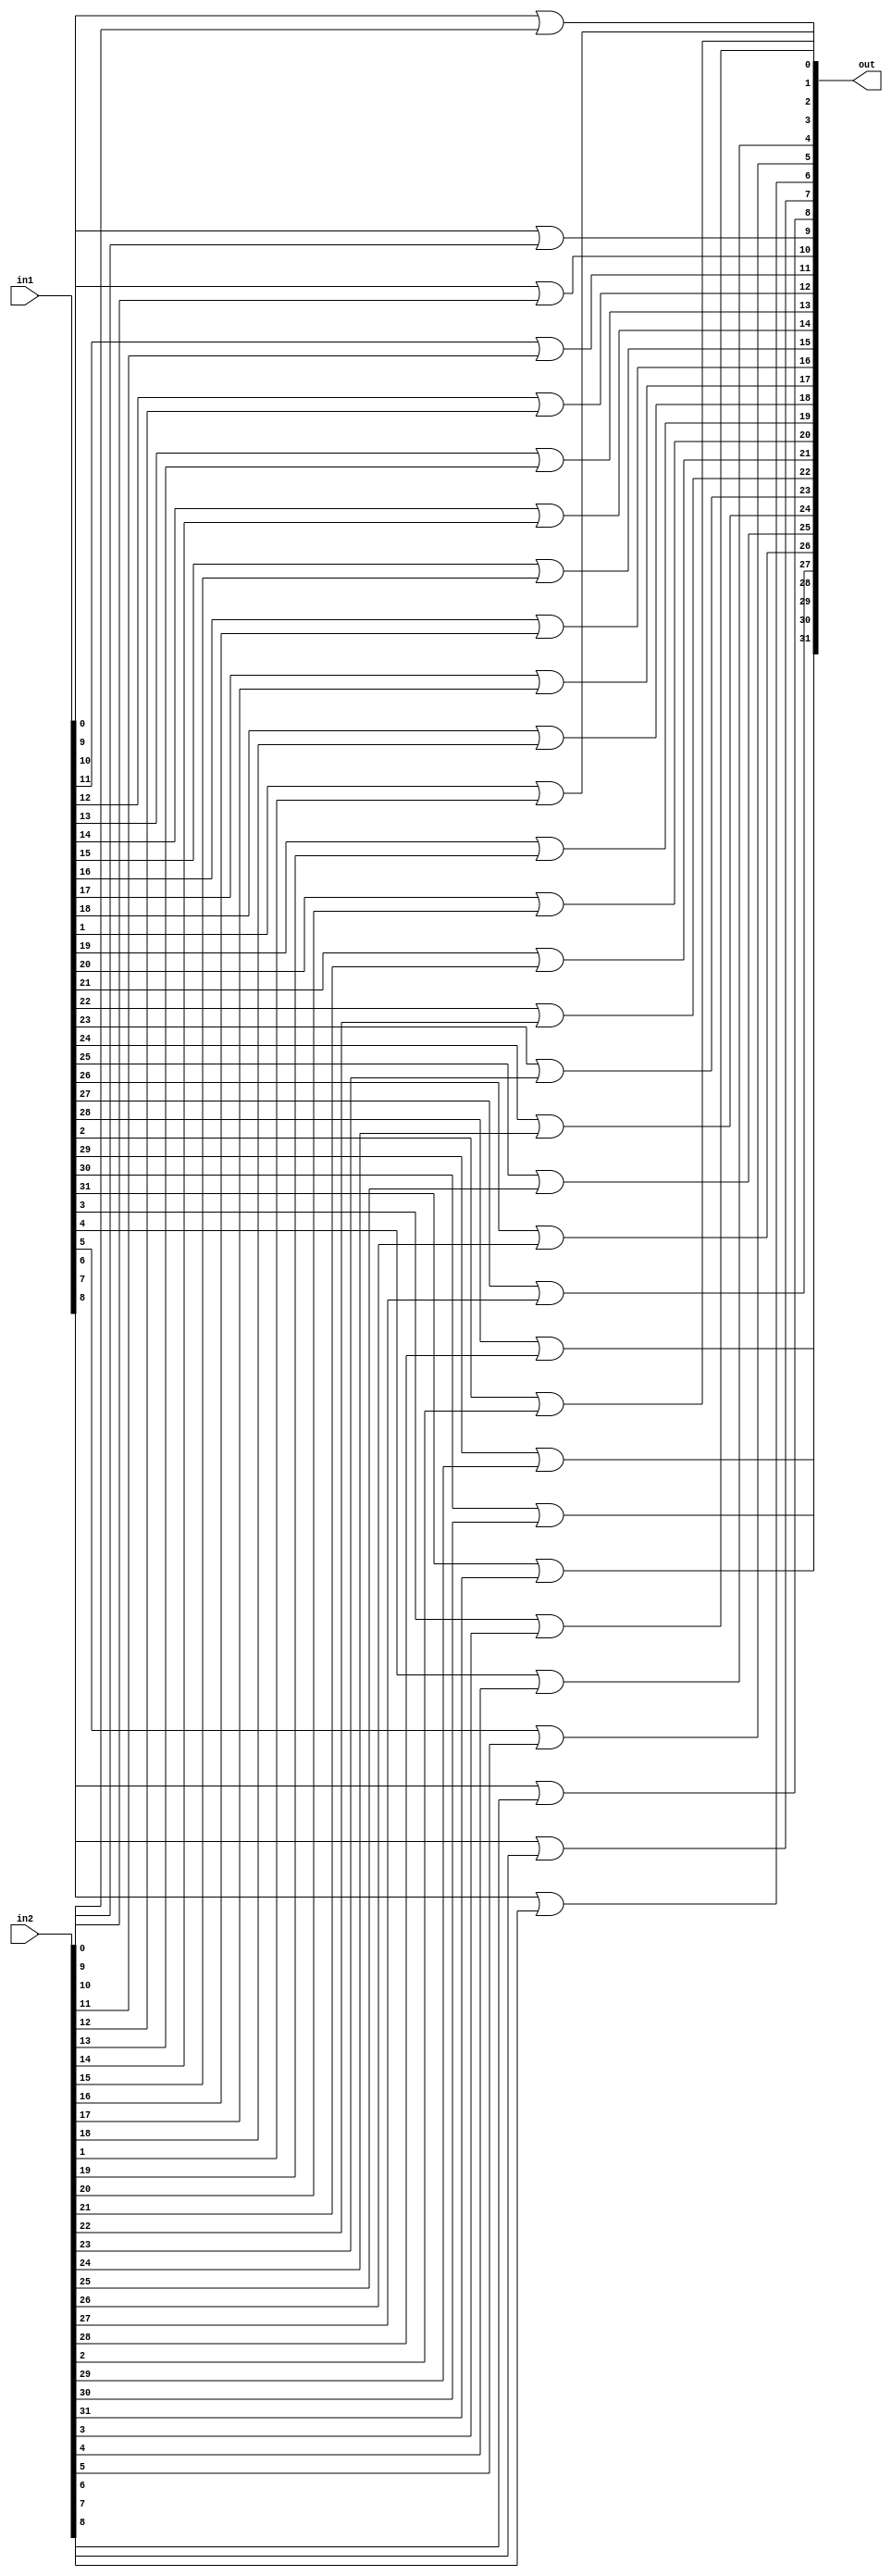
module bit32OR (out,in1,in2);
 input [31:0] in1,in2;
 output [31:0] out;
 genvar j;
 generate for (j=0; j<32;j=j+1) begin: oring_loop
//mux_loop is the name of the loop
		or a1(out[j],in1[j],in2[j]);
	end
	endgenerate
endmodule
/*
module tb32bitor;
 reg [31:0] IN1,IN2;
 wire [31:0] OUT;
 bit32OR a1 (OUT,IN1,IN2);
 initial
 $monitor($time,"  IN1=%b IN2=%b OUT=%b",IN1,IN2,OUT);
 initial
 begin
 IN1=32'hA5A5;
 IN2=32'h5A5A;
 #100 IN1=32'h5A5A;
 #400 $finish;
 end
endmodule
*/